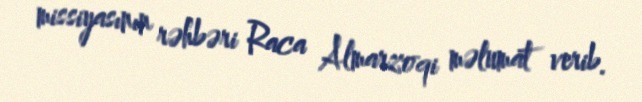
missiyasının rəhbəri Raca Almarzoqi məlumat verib.